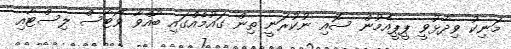
މަނިކު ވިދާޅުވީ ޕީޕީއެމުން ސޮއި ނުކުރަނީ ތިން ގައުމެއްގައި ބާއްވާ ވޯޓާސް ލިސްޓާއި